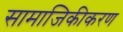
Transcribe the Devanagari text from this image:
सामाजिकीकरण